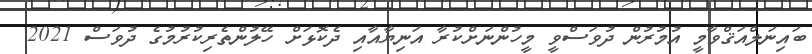
ބައިނަލްއަޤްވާމީ އުމުރުން ދުވަސްވީ މީހުންނަށްކުރާ އަނިޔާއާއި ދެކޮޅަށް ހޭލުންތެރިކުރުމުގެ ދުވަސް 2021